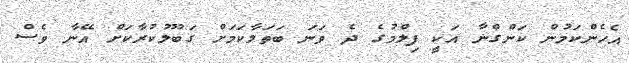
އެހެންކަމުން ކަންގްނާ އަކީ ފިލްމުގެ ދެ ވަނަ ބަތަލާކަމަށް ގަބޫލުކުރާކަށް އޭނާ ވެސް